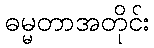
ဓမ္မတာအတိုင်း